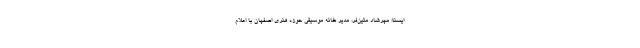
ایسنا؛ مهرشاد متین‌فر، مدیر خانه موسیقی حوزه هنری اصفهان با اعلام